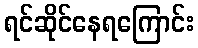
ရင်ဆိုင်နေရကြောင်း